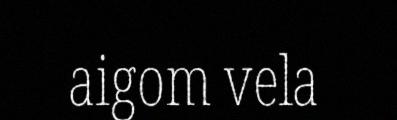
aigom vela